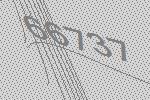
66737